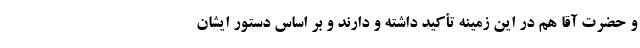
و حضرت آقا هم در این زمینه تأکید داشته و دارند و بر اساس دستور ایشان